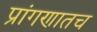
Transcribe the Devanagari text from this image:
प्रांगणातच